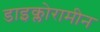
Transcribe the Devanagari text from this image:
डाइक्लोरामीन